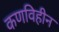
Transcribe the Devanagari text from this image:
कणविहीन